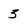
Character: 3